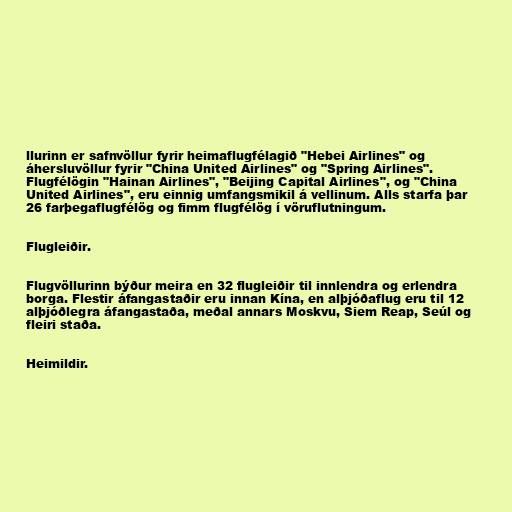
llurinn er safnvöllur fyrir heimaflugfélagið "Hebei Airlines" og
áhersluvöllur fyrir "China United Airlines" og "Spring Airlines".
Flugfélögin "Hainan Airlines", "Beijing Capital Airlines", og "China
United Airlines", eru einnig umfangsmikil á vellinum. Alls starfa þar
26 farþegaflugfélög og fimm flugfélög í vöruflutningum.

Flugleiðir.

Flugvöllurinn býður meira en 32 flugleiðir til innlendra og erlendra
borga. Flestir áfangastaðir eru innan Kína, en alþjóðaflug eru til 12
alþjóðlegra áfangastaða, meðal annars Moskvu, Siem Reap, Seúl og
fleiri staða.

Heimildir.